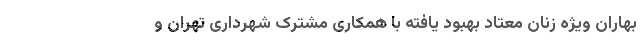
بهاران ویژه زنان معتاد بهبود یافته با همکاری مشترک شهرداری تهران و